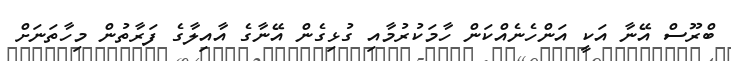
ބްރޫސް އޭނާ އަކީ އަންހެނެއްކަން ހާމަކުރުމާއި ގުޅިގެން އޭނާގެ އާއިލާގެ ފަރާތުން މިހާތަނަށް